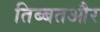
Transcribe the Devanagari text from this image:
तिब्बतऔर